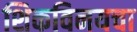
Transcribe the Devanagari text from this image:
शिकविनयचा